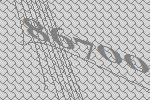
86700